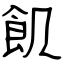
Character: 飢